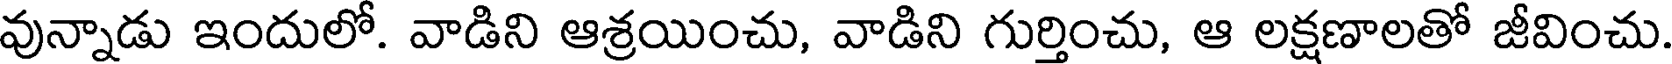
వున్నాడు ఇందులో. వాడిని ఆశ్రయించు, వాడిని గుర్తించు, ఆ లక్షణాలతో జీవించు.